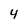
Character: 4